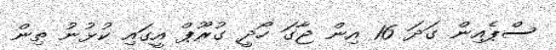
ސްޕެއިން ގަދަ 16 އިން ޖާގަ ހޯދީ ގުރޫޕް އީގައި ކުޅުނު ތިން